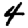
Digit: 4